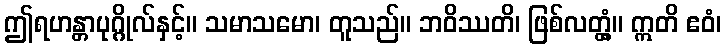
ဤရဟန္တာပုဂ္ဂိုလ်နှင့်။ သမာသမော၊ တူသည်။ ဘဝိဿတိ၊ ဖြစ်လတ္တံ့။ ဣတိ ဧဝံ၊